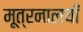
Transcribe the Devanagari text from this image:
मूत्रनालयाँ